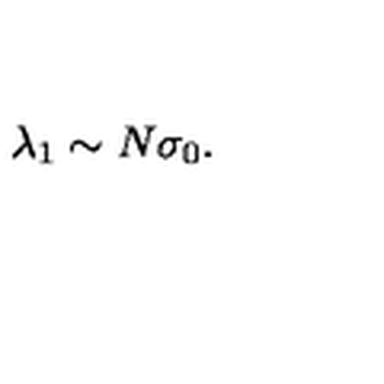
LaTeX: \lambda _ { 1 } \sim N \sigma _ { 0 } .